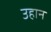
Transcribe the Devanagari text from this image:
उहान